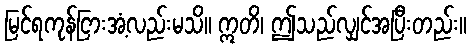
မြင်ရကုန်ငြားအံ့လည်းမသိ။ ဣတိ၊ ဤသည်လျှင်အပြီးတည်း။